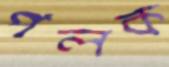
পলক